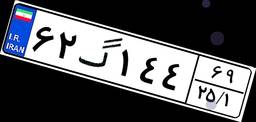
۶۲گ۱۴۴۶۹